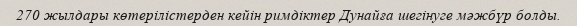
270 жылдары көтерілістерден кейін римдіктер Дунайға шегінуге мәжбүр болды.